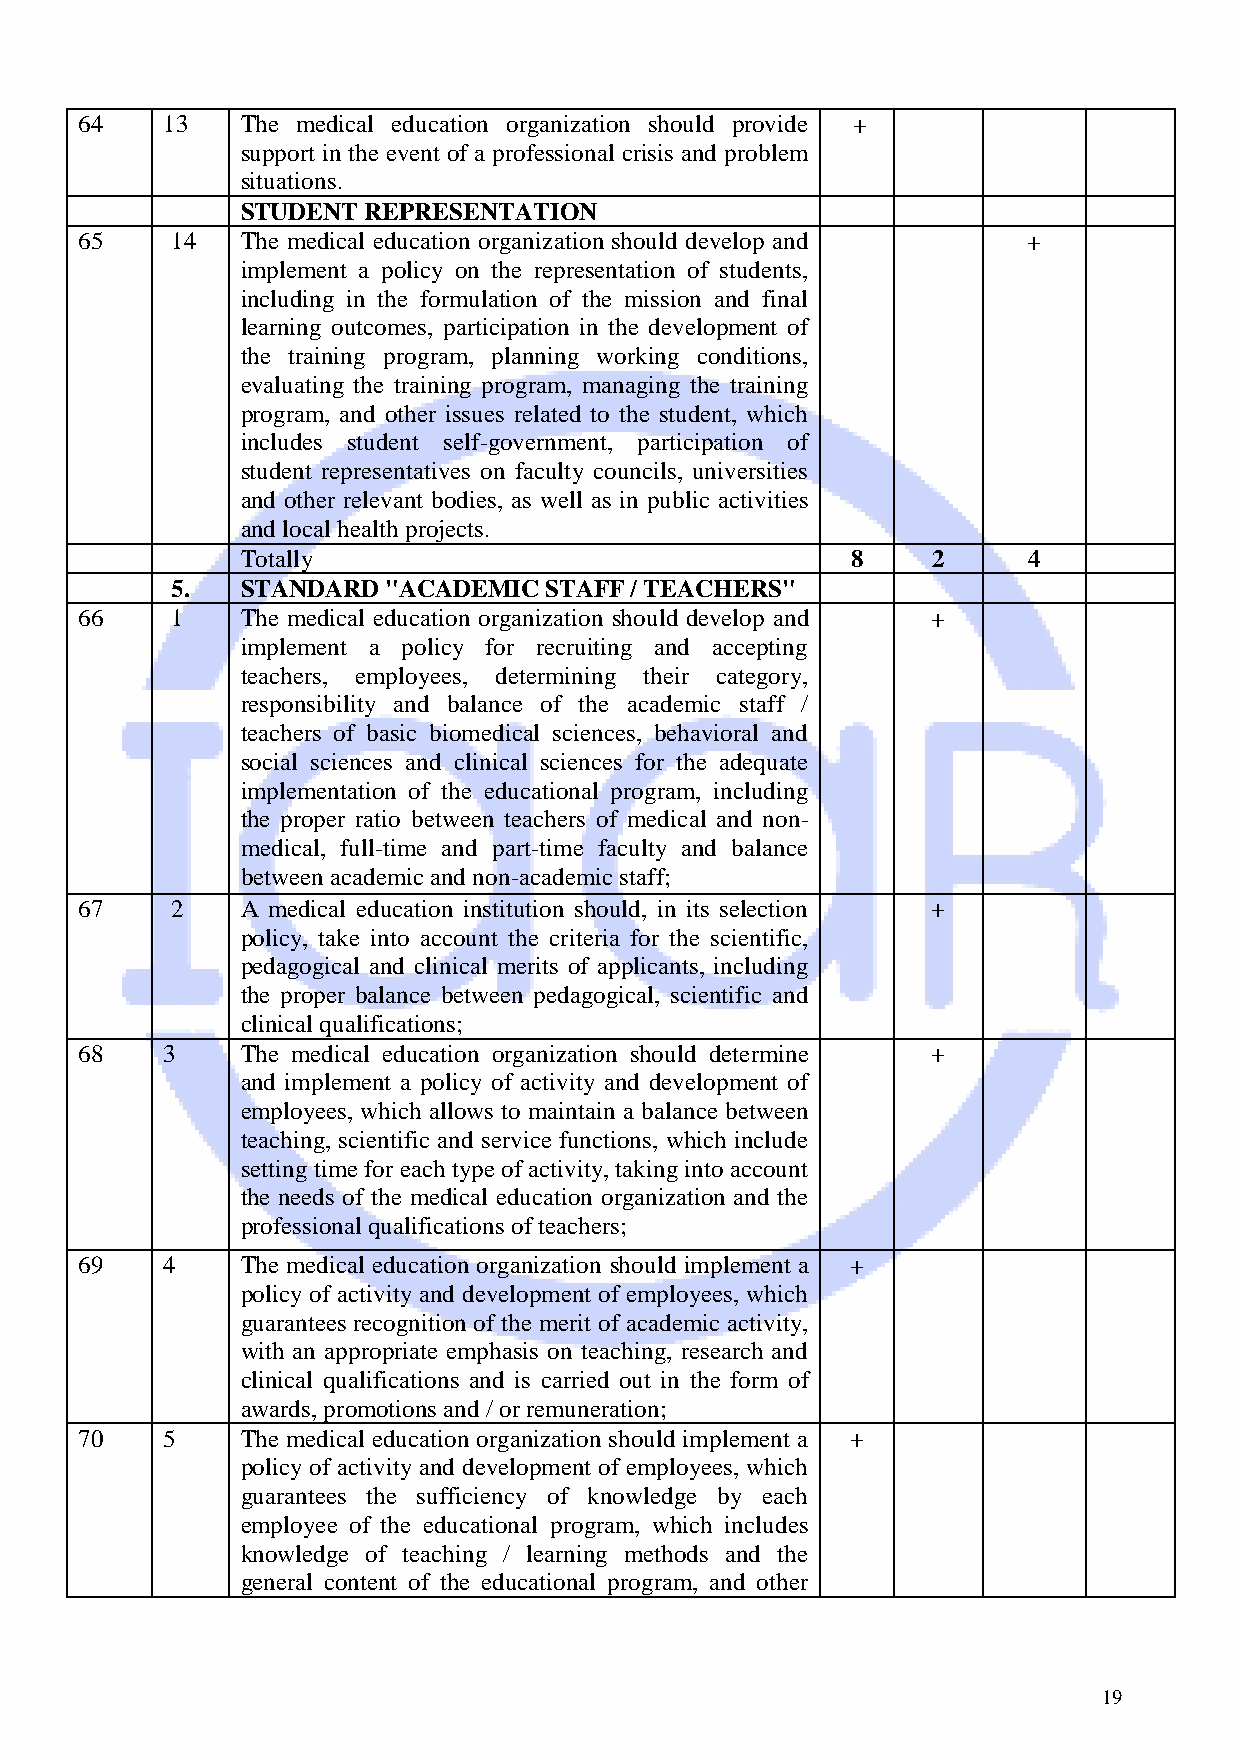
64    13   The medical education organization should provide +
 support in the event of a professional crisis and problem
 situations.
 STUDENT REPRESENTATION
 65    14   The medical education organization should develop and +
 implement a policy on the representation of students,
 including in the formulation of the mission and final
 learning outcomes, participation in the development of
 the training program, planning working conditions,
 evaluating the training program, managing the training
 program, and other issues related to the student, which
 includes student self-government, participation of
 student representatives on faculty councils, universities
 and other relevant bodies, as well as in public activities
 and local health projects.
 T otally                                8     2     4
 5.   STANDARD  "ACADEMIC STAFF / TEACHERS"
 66    1    The medical education organization should develop and +
 implement a policy for recruiting and accepting
 teachers, employees, determining their category,
 responsibility and balance of the academic staff /
 teachers of basic biomedical sciences, behavioral and
 social sciences and clinical sciences for the adequate
 implementation of the educational program, including
 the proper ratio between teachers of medical and non-
 medical, full-time and part-time faculty and balance
 between academic and non-academic staff;
 67    2    A medical education institution should, in its selection +
 policy, take into account the criteria for the scientific,
 pedagogical and clinical merits of applicants, including
 the proper balance between pedagogical, scientific and
 clinical qualifications;
 68    3    The medical education organization should determine +
 and implement a policy of activity and development of
 employees, which allows to maintain a balance between
 teaching, scientific and service functions, which include
 setting time for each type of activity, taking into account
 the needs of the medical education organization and the
 professional qualifications of teachers;
 69    4    The medical education organization should implement a +
 policy of activity and development of employees, which
 guarantees recognition of the merit of academic activity,
 with an appropriate emphasis on teaching, research and
 clinical qualifications and is carried out in the form of
 awards, promotions and / or remuneration;
 70    5    The medical education organization should implement a +
 policy of activity and development of employees, which
 guarantees the sufficiency of knowledge by each
 employee of the educational program, which includes
 knowledge of teaching / learning methods and the
 general content of the educational program, and other
 19